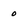
Character: 0